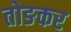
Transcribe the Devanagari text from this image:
तोङकर